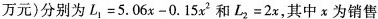
万元)分别为$$L _ { 1 } = 5 . 0 6 x - 0 . 1 5 x ^ { 2 }$$ 和$$L _ { 2 } = 2 x$$，其中x为销售